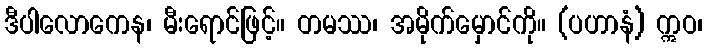
ဒီပါလောကေန၊ မီးရောင်ဖြင့်။ တမဿ၊ အမိုက်မှောင်ကို။ (ပဟာနံ) ဣဝ၊